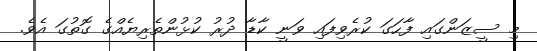
މި ސީޒަންގައި ފާހަގަ ކުރެވިފައި ވަނީ ކާޑާ ދުރު ކުޅުންތެރިޔެއްގެ ގޮތުގަ އެވެ.